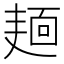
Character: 𪎎